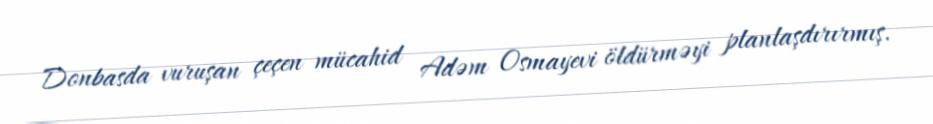
Donbasda vuruşan çeçen mücahid Adəm Osmayevi öldürməyi planlaşdırırmış.